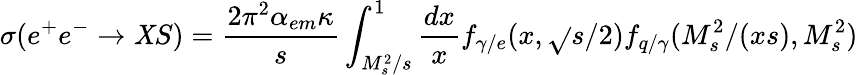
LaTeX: \sigma(e^{+}e^{-}\rightarrow\mathit{X}S)=\frac{{2\pi^{2}\alpha_{em}\kappa}}{{s}}\int_{M_{s}^{2}/s}^{1}\frac{{dx}}{{x}}f_{\gamma/e}(x,\sqrt{}{{s}}/2)f_{q/\gamma}(M_{s}^{2}/(xs),M_{s}^{2})